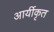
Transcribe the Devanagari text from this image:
आर्यीकृत